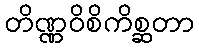
တိဏ္ဏဝိစိကိစ္ဆတာ